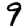
Digit: 9